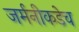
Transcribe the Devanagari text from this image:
जर्मनीकडेच